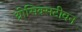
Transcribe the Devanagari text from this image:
थ्रीसिक्सटीवन